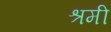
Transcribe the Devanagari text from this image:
श्रमी